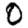
Digit: 0